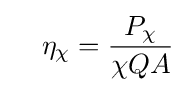
\quad \eta _{\chi }={P_{\chi } \over \chi QA}